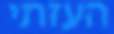
העזתי